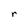
Character: r